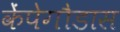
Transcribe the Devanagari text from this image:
केंपेगौडास